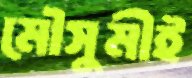
মৌসুমীই